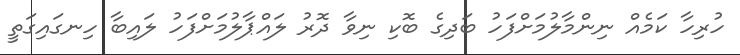
ހުރިހާ ކަމެއް ނިންމާލުމަށްފަހު ބަދިގެ ބޮކި ނިވާ ދޮރު ލައްޕާލުމަށްފަހު ލައިބާ ހިނގައިގަތީ